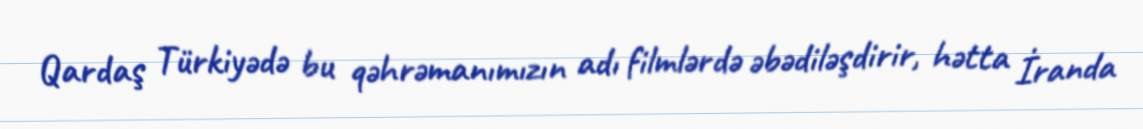
Qardaş Türkiyədə bu qəhrəmanımızın adı filmlərdə əbədiləşdirir, hətta İranda